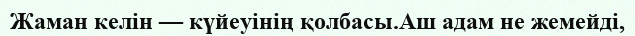
Жаман келін — күйеуінің қолбасы.Аш адам не жемейді,